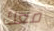
معك